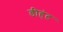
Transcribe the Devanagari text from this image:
डीहंट